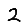
Digit: 2